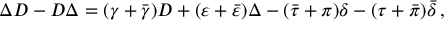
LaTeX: \Delta D - D \Delta = ( \gamma + { \bar { \gamma } } ) D + ( \varepsilon + { \bar { \varepsilon } } ) \Delta - ( { \bar { \tau } } + \pi ) \delta - ( \tau + { \bar { \pi } } ) { \bar { \delta } } \, ,